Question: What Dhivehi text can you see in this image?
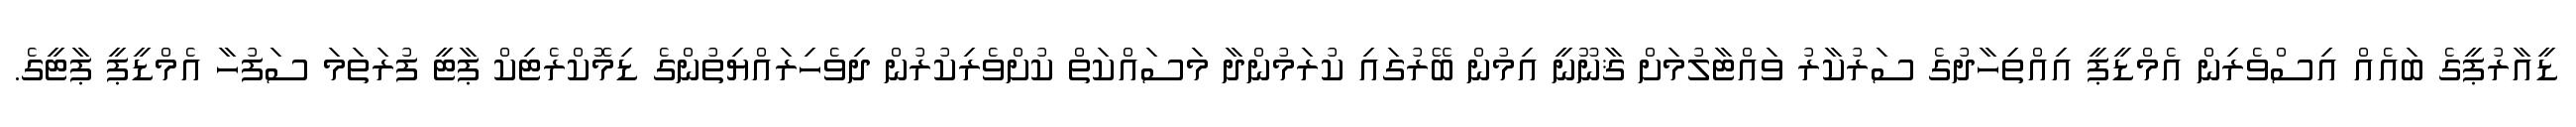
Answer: ޑީއާރުޕީގެ ބައެއް އިސްވެރިން އެމްޑީޕީ އިއްތިހާދުގެ ސަރުކާރު ވައްޓާލުމަށް ޤާނޫނީ އިމުން ބޭރުގައި ކުރަމުންދާ މަސައްކަތް ކުށްވެރިކުރުން ދިވެހިރައްޔިތުންގެ ޑިމޮކްރެޓިކް ޕާޓީ ފުރަތަމަ ސަފުހާ އެމްޑީޕީ ޕާޓީގެ.